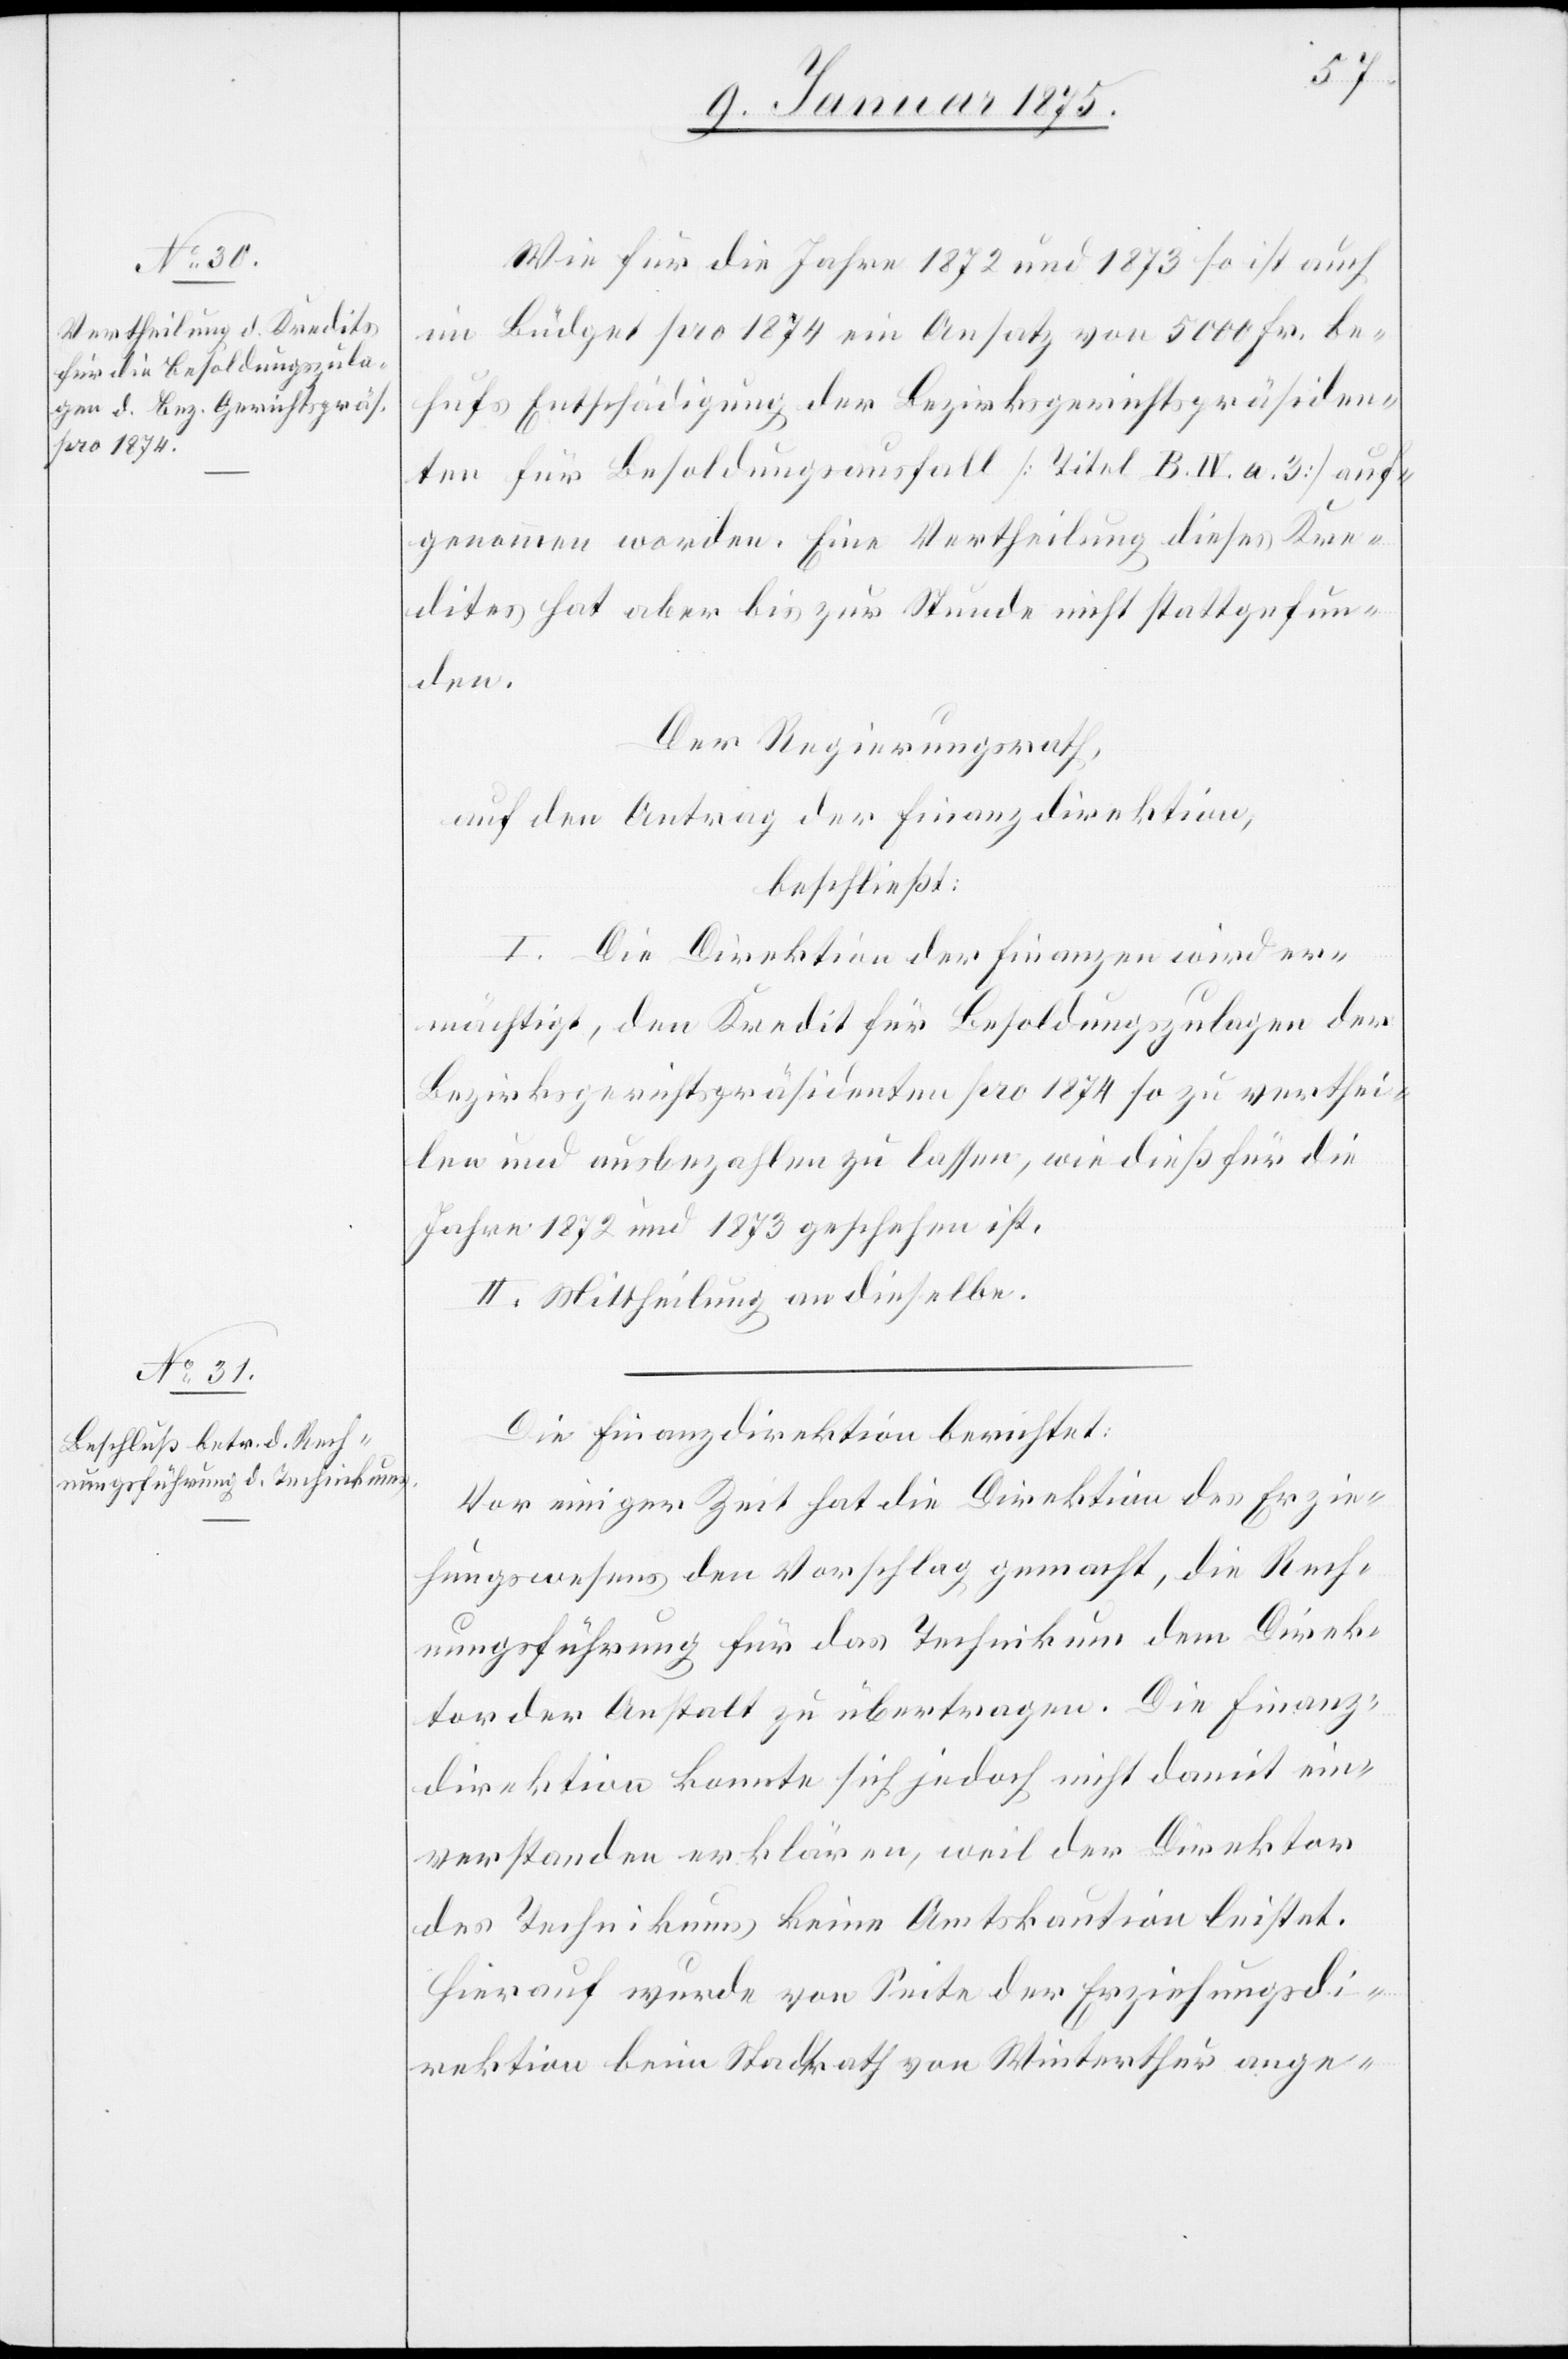
Wie für die Jahre 1872 und 1873 so ist auch
im Büdget pro 1874 ein Ansatz von 5000 Fr. be¬
hufs Entschädigung der Bezirksgerichtspräsiden¬
ten für Besoldungsausfall (Titel B. IV. a. 3) auf¬
genommen worden. Eine Vertheilung dieses Kre¬
dites hat aber bis zur Stunde nicht stattgefun¬
den.
Der Regierungsrath,
auf den Antrag der Finanzdirektion,
beschließt:
I. Die Direktion der Finanzen wird er¬
mächtigt, den Kredit für Besoldungszulagen der
Bezirksgerichtspräsidenten pro 1874 so zu verthei¬
len und ausbezahlen zu lassen, wie dieß für die
Jahre 1872 und 1873 geschehen ist.
II. Mittheilung an dieselbe.
Die Finanzdirektion berichtet:
Vor einiger Zeit hat die Direktion des Erzie¬
hungswesens den Vorschlag gemacht, die Rech¬
nungsführung für das Technikum dem Direk¬
tor der Anstalt zu übertragen. Die Finanz¬
direktion konnte sich jedoch nicht damit ein¬
verstanden erklären, weil der Direktor
des Technikums keine Amtskaution leistet.
Hierauf wurde von Seite der Erziehungsdi¬
rektion beim Stadtrath von Winterthur ange-